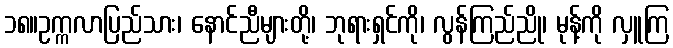
၁၈။ဥက္ကလာပြည်သား၊ နောင်ညီများတို့၊ ဘုရားရှင်ကို၊ လွန်ကြည်ညို၊ မုန့်ကို လှူကြ